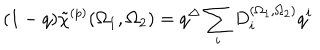
( 1 - q ) \tilde { \chi } ^ { ( p ) } ( \Omega _ { 1 } , \Omega _ { 2 } ) = q ^ { \Delta } \sum _ { i } D _ { i } ^ { ( \Omega _ { 1 } , \Omega _ { 2 } ) } q ^ { i }